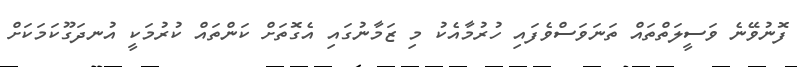
ފޮނުވޭނެ ވަސީލަތްތައް ތަނަވަސްވެފައި ހުރުމާއެކު މި ޒަމާނުގައި އެގޮތަށް ކަންތައް ކުރުމަކީ އުނދަގޫކަމަކަށް